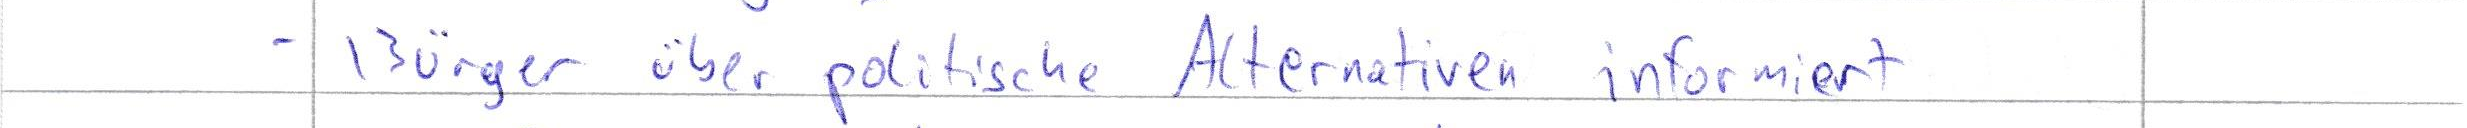
- Bürger über politische Alternativen informiert